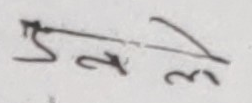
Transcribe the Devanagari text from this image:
नसके